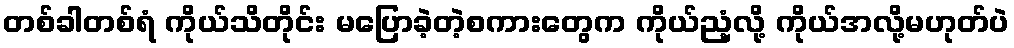
တစ်ခါတစ်ရံ ကိုယ်သိတိုင်း မပြောခဲ့တဲ့စကားတွေက ကိုယ်ညံ့လို့ ကိုယ်အလို့မဟုတ်ပဲ